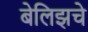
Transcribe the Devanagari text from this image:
बेलिझचे